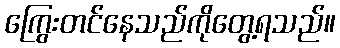
ကြွေးတင်နေသည်ကိုတွေ့ရသည်။